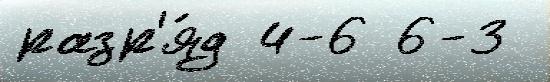
разр'я́д 4-6 6-3